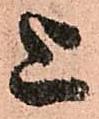
上